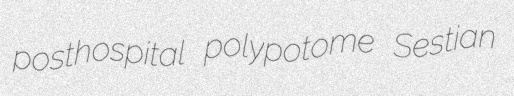
posthospital polypotome Sestian